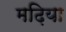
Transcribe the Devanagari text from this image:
मढ़िया